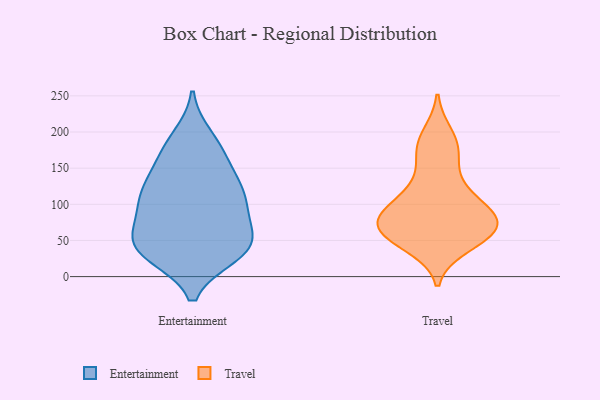
{"axis": {"x": "Bounce Rate (%)", "y": "Value"}, "legend": ["Entertainment", "Travel"], "data": [{"x": "", "y": 128, "type": "Entertainment"}, {"x": "", "y": 34, "type": "Entertainment"}, {"x": "", "y": 30, "type": "Entertainment"}, {"x": "", "y": 65, "type": "Entertainment"}, {"x": "", "y": 77, "type": "Entertainment"}, {"x": "", "y": 101, "type": "Entertainment"}, {"x": "", "y": 173, "type": "Entertainment"}, {"x": "", "y": 149, "type": "Entertainment"}, {"x": "", "y": 109, "type": "Entertainment"}, {"x": "", "y": 34, "type": "Entertainment"}, {"x": "", "y": 56, "type": "Entertainment"}, {"x": "", "y": 193, "type": "Entertainment"}, {"x": "", "y": 47, "type": "Entertainment"}, {"x": "", "y": 34, "type": "Entertainment"}, {"x": "", "y": 178, "type": "Entertainment"}, {"x": "", "y": 111, "type": "Entertainment"}, {"x": "", "y": 129, "type": "Entertainment"}, {"x": "", "y": 41, "type": "Entertainment"}, {"x": "", "y": 101, "type": "Entertainment"}, {"x": "", "y": 198, "type": "Travel"}, {"x": "", "y": 68, "type": "Travel"}, {"x": "", "y": 167, "type": "Travel"}, {"x": "", "y": 87, "type": "Travel"}, {"x": "", "y": 178, "type": "Travel"}, {"x": "", "y": 69, "type": "Travel"}, {"x": "", "y": 106, "type": "Travel"}, {"x": "", "y": 71, "type": "Travel"}, {"x": "", "y": 52, "type": "Travel"}, {"x": "", "y": 109, "type": "Travel"}, {"x": "", "y": 52, "type": "Travel"}, {"x": "", "y": 84, "type": "Travel"}, {"x": "", "y": 77, "type": "Travel"}, {"x": "", "y": 41, "type": "Travel"}, {"x": "", "y": 133, "type": "Travel"}]}